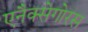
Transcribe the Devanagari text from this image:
एनैक्सेगोरस